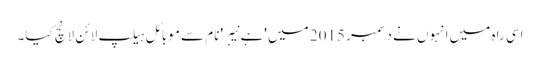
اسی راہ میں انہوں نے دسمبر 2015 میں 'ہے نیبر' نام سے موبائل ہیلپ لائن لانچ کیا۔